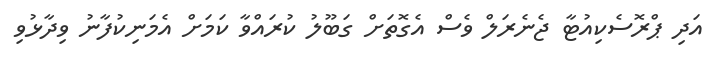
އަދި ޕްރޮސެކިއުޓާ ޖެނެރަލް ވެސް އެގޮތަށް ގަބޫލު ކުރައްވާ ކަމަށް އެމަނިކުފާނު ވިދާޅުވި